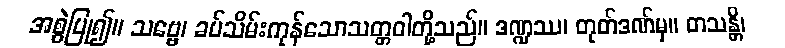
အစွဲပြု၍။ သဗ္ဗေ၊ ခပ်သိမ်းကုန်သောသတ္တဝါတို့သည်။ ဒဏ္ဍဿ၊ တုတ်ဒဏ်မှ။ တသန္တိ၊